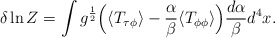
\begin{align*}\delta\ln Z=\int g^{1\over2}\Bigl( \langle T_{\tau\phi}\rangle -{\alpha\over\beta}\langle T_{\phi\phi}\rangle\Bigr){d\alpha\over\beta}d^4x\space.\end{align*}